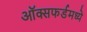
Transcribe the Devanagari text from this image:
ऑक्सफर्डमध्ये